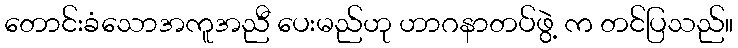
တောင်းခံသောအကူအညီ ပေးမည်ဟု ဟာဂနာတပ်ဖွဲ့ က တင်ပြသည်။